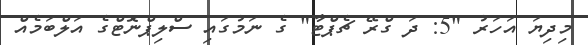
މިދިޔަ އަހަރު "5: ދަ ގްރޭ ޗެޕްޓާ" ގެ ނަމުގައި ސްލިޕްނޮޓްގެ އަލްބަމެއް